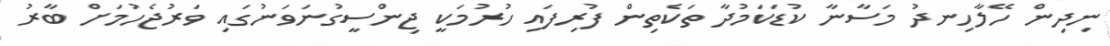
ނިދިން ހޭލާހިނދު މަސާނާ ކުޑަކަމުދާ ތަކެތިން ފުރިފައި ހުރުމަކީ ޖިންސީގުނަވަނުގައި ވަރުޖެހުމަށް ބާރު